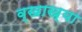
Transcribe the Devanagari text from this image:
व्खाख्या